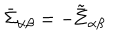
\bar { \Sigma } _ { \alpha \beta } = - \tilde { \bar { \Sigma } } _ { \alpha \beta }